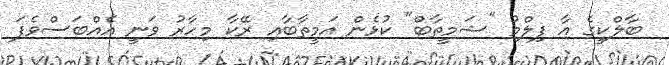
ބާލްކީގެ އާ ފިލްމު "ޝަމީތާބް" ކުޅެން އަމީތާބާއި ރޭކާ މިހާރު ވަނީ އެއްބަސްވެފަ